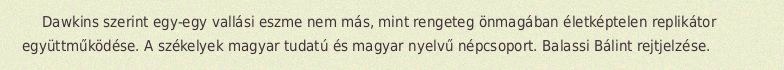
Dawkins szerint egy-egy vallási eszme nem más, mint rengeteg önmagában életképtelen replikátor együttműködése. A székelyek magyar tudatú és magyar nyelvű népcsoport. Balassi Bálint rejtjelzése.